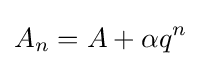
A_{n}=A+\alpha q^{n}